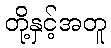
တို့နှင့်အတူ